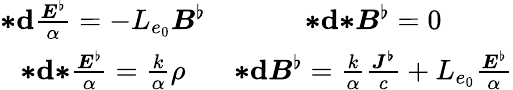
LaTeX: \begin{array}{cc}{{\boldsymbol{*}}\mathbf{d}\frac{\boldsymbol{E}^{\flat}}{\alpha}=-L_{e_{0}}\boldsymbol{B}^{\flat}}&{{\boldsymbol{*}}\mathbf{d}{\boldsymbol{*}}\boldsymbol{B}^{\flat}=0}\\ {{\boldsymbol{*}}\mathbf{d}{\boldsymbol{*}}\frac{\boldsymbol{E}^{\flat}}{\alpha}=\frac{k}{\alpha}\rho}&{{\boldsymbol{*}}\mathbf{d}\boldsymbol{B}^{\flat}=\frac{k}{\alpha}\frac{\boldsymbol{J^{\flat}}}{c}+L_{e_{0}}\frac{\boldsymbol{E}^{\flat}}{\alpha}}\end{array}